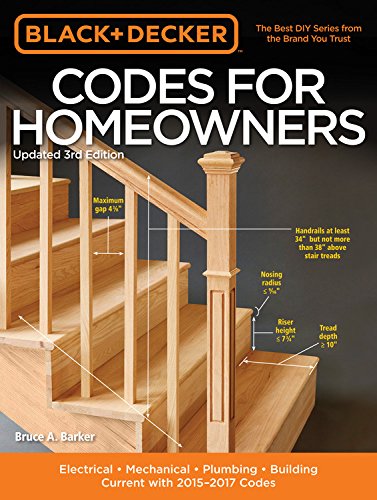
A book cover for Black & Decker Codes for Homeowners, Updated 3rd Edition: Electrical - Mechanical - Plumbing - Building - Current with 2015-2017 Codes (Black & Decker Complete Guide); Bruce A. Barker; Engineering & Transportation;